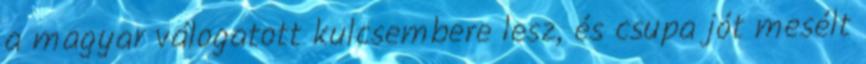
a magyar válogatott kulcsembere lesz, és csupa jót mesélt